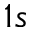
1 s